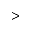
>